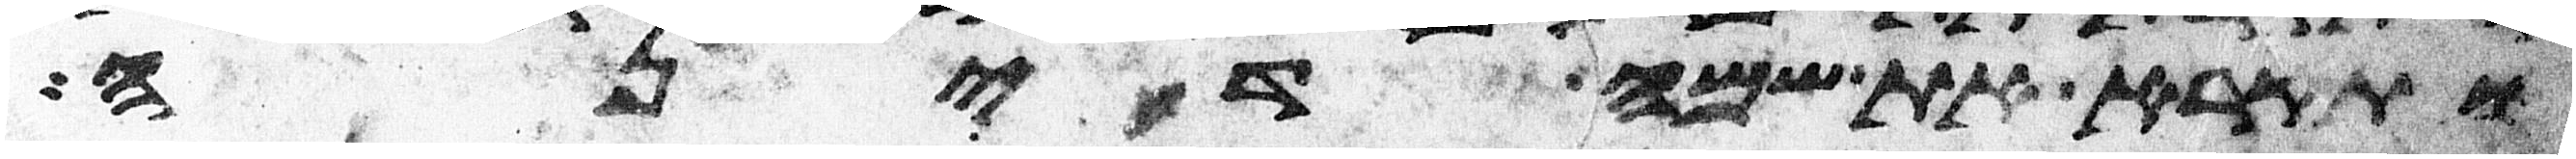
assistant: ותקרא את שמה דינה